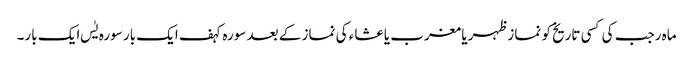
ماہ رجب کی کسی تاریخ کو نماز ظہر یا مغرب یا عشاء کی نماز کے بعد سورہ کہف ایک بار سورہ یٰس ایک بار۔